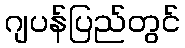
ဂျပန်ပြည်တွင်